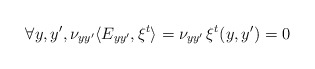
\begin{align*}\forall y, y', \nu_{y y'} \langle E_{y y'}, \xi^t \rangle = \nu_{y y'} \, \xi^t ( y, y') = 0 \end{align*}